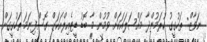
ނަވާޒް: ތަހުގީގު ކުރަމުންދާ މައްސަލައަކަށް ވުމުން މާ ބޮޑު ޑީޓެއިލްއަކަށް ގޮސްފިނަމަ ތަހުގީގަށް